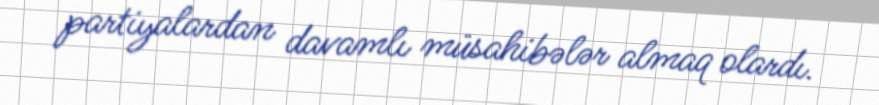
partiyalardan davamlı müsahibələr almaq olardı.